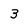
Character: 3